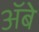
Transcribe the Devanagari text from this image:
ॲबे